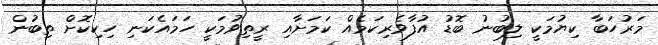
މަރުހަބާ ކިޔުމަކީ ލިބުނު ބޮޑު އުފާވެރިކަމެއް ކަމަށާއި ރީތިވުމަކީ ހަމައެކަނި ހިކިކޮށް ތިބުން